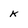
Character: k